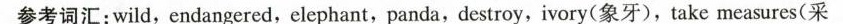
参考词汇：wild，endangered，elephant，panda，destroy，ivory(象牙)，take measures(采